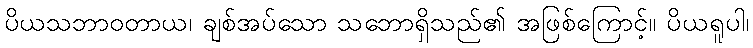
ပိယသဘာဝတာယ၊ ချစ်အပ်သော သဘောရှိသည်၏ အဖြစ်ကြောင့်။ ပိယရူပါ၊